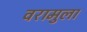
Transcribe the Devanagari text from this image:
वरामुला